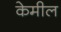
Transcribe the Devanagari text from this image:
केमील